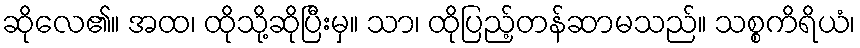
ဆိုလေ၏။ အထ၊ ထိုသို့ဆိုပြီးမှ။ သာ၊ ထိုပြည့်တန်ဆာမသည်။ သစ္စကိရိယံ၊